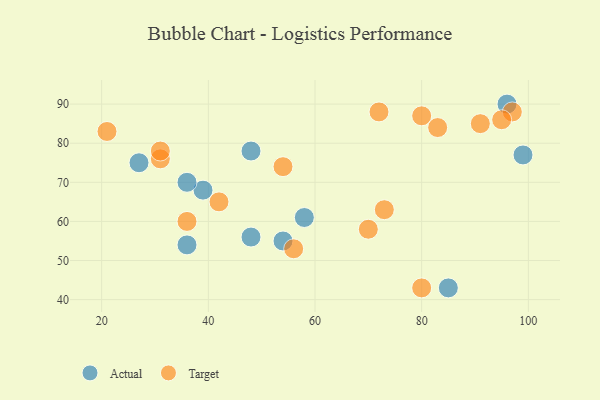
{"axis": {"x": "GDP", "y": "Life Expectancy"}, "legend": ["Actual", "Target"], "data": [{"x": "48", "y": 78, "type": "Actual"}, {"x": "99", "y": 77, "type": "Actual"}, {"x": "48", "y": 56, "type": "Actual"}, {"x": "27", "y": 75, "type": "Actual"}, {"x": "85", "y": 43, "type": "Actual"}, {"x": "39", "y": 68, "type": "Actual"}, {"x": "96", "y": 90, "type": "Actual"}, {"x": "36", "y": 70, "type": "Actual"}, {"x": "36", "y": 54, "type": "Actual"}, {"x": "54", "y": 55, "type": "Actual"}, {"x": "58", "y": 61, "type": "Actual"}, {"x": "80", "y": 87, "type": "Target"}, {"x": "21", "y": 83, "type": "Target"}, {"x": "97", "y": 88, "type": "Target"}, {"x": "83", "y": 84, "type": "Target"}, {"x": "72", "y": 88, "type": "Target"}, {"x": "31", "y": 76, "type": "Target"}, {"x": "73", "y": 63, "type": "Target"}, {"x": "31", "y": 78, "type": "Target"}, {"x": "42", "y": 65, "type": "Target"}, {"x": "95", "y": 86, "type": "Target"}, {"x": "54", "y": 74, "type": "Target"}, {"x": "80", "y": 43, "type": "Target"}, {"x": "91", "y": 85, "type": "Target"}, {"x": "56", "y": 53, "type": "Target"}, {"x": "36", "y": 60, "type": "Target"}, {"x": "70", "y": 58, "type": "Target"}]}